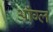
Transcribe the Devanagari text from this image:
ऑंग्ल